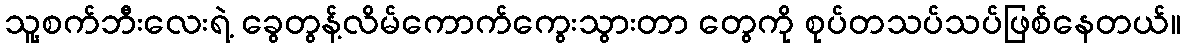
သူ့စက်ဘီးလေးရဲ့ ခွေတွန့်လိမ်ကောက်ကွေးသွားတာ တွေကို စုပ်တသပ်သပ်ဖြစ်နေတယ်။